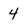
Character: 4